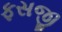
ફસજી